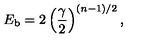
E _ { \mathrm { b } } = 2 \left( { \frac { \gamma } { 2 } } \right) \sp { ( n - 1 ) / 2 } ,